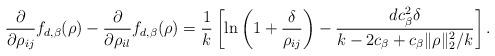
LaTeX: \begin{align*}\frac{\partial}{\partial\rho_{ij}}f_{d,\beta}(\rho)-\frac{\partial}{\partial\rho_{il}}f_{d,\beta}(\rho)=\frac{1}{k}\left[\ln\left(1+\frac{\delta}{\rho_{ij}}\right)-\frac{dc_\beta^2\delta}{k-2c_\beta+c_\beta\|\rho\|_2^2/k}\right].\end{align*}